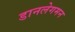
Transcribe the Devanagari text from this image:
डानलेगमन